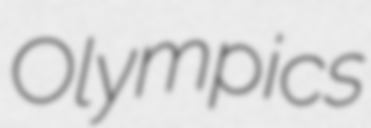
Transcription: Olympics